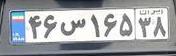
۴۶س۱۶۵۳۸